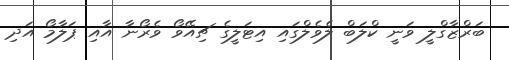
ބަރްޒާގްލީ ވަނީ ކްލަބް ލެވެލްގައި އިޓަލީގެ ޗިއޭވޯ ވެރޯނާ އާއި ޕަލާމޯ އަދި